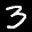
Label: 3